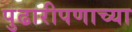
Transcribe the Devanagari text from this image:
पुढारीपणाच्या